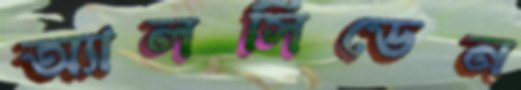
অ্যালসিডেন